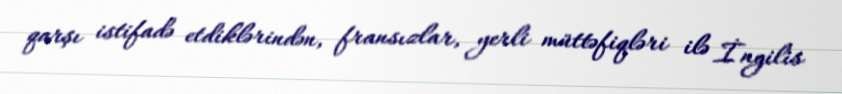
qarşı istifadə etdiklərindən, fransızlar, yerli müttəfiqləri ilə İngilis